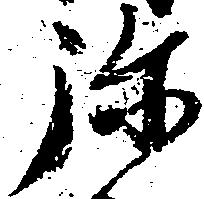
弥